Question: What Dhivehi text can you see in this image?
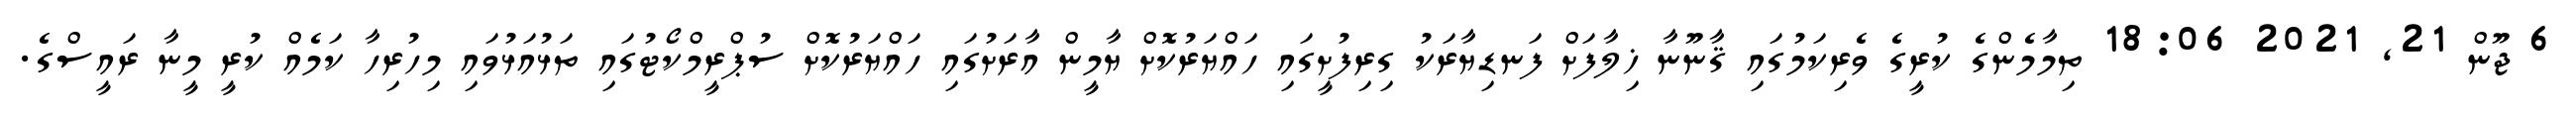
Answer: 6 ޖޫން 21, 2021 18:06 ތިމާމެންގެ ކުރީގެ ވެރިކަމުގައި ޤާނޫނާ ޚިލާފަށް ފަނޑިޔާރަކު ގިރިފުށީގައި ހައްޔަރުކޮށް ޔާމީން އާރަށުގައި ހައްޔަރުކޮށް ސުޕްރީމްކޯޓުގައި ތަޅުއަޅުވައި މިހުރިހާ ކަމެއް ކުރީ މީނާ ރައީސްގެ.